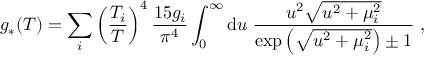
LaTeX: g _ { * } ( T ) = \sum _ { i } \left( \frac { T _ { i } } { T } \right) ^ { 4 } \frac { 1 5 g _ { i } } { \pi ^ { 4 } } \int _ { 0 } ^ { \infty } \mathrm { d } u \; \frac { u ^ { 2 } \sqrt { u ^ { 2 } + \mu _ { i } ^ { 2 } } } { \exp \left( \sqrt { u ^ { 2 } + \mu _ { i } ^ { 2 } } \right) \pm 1 } \; ,